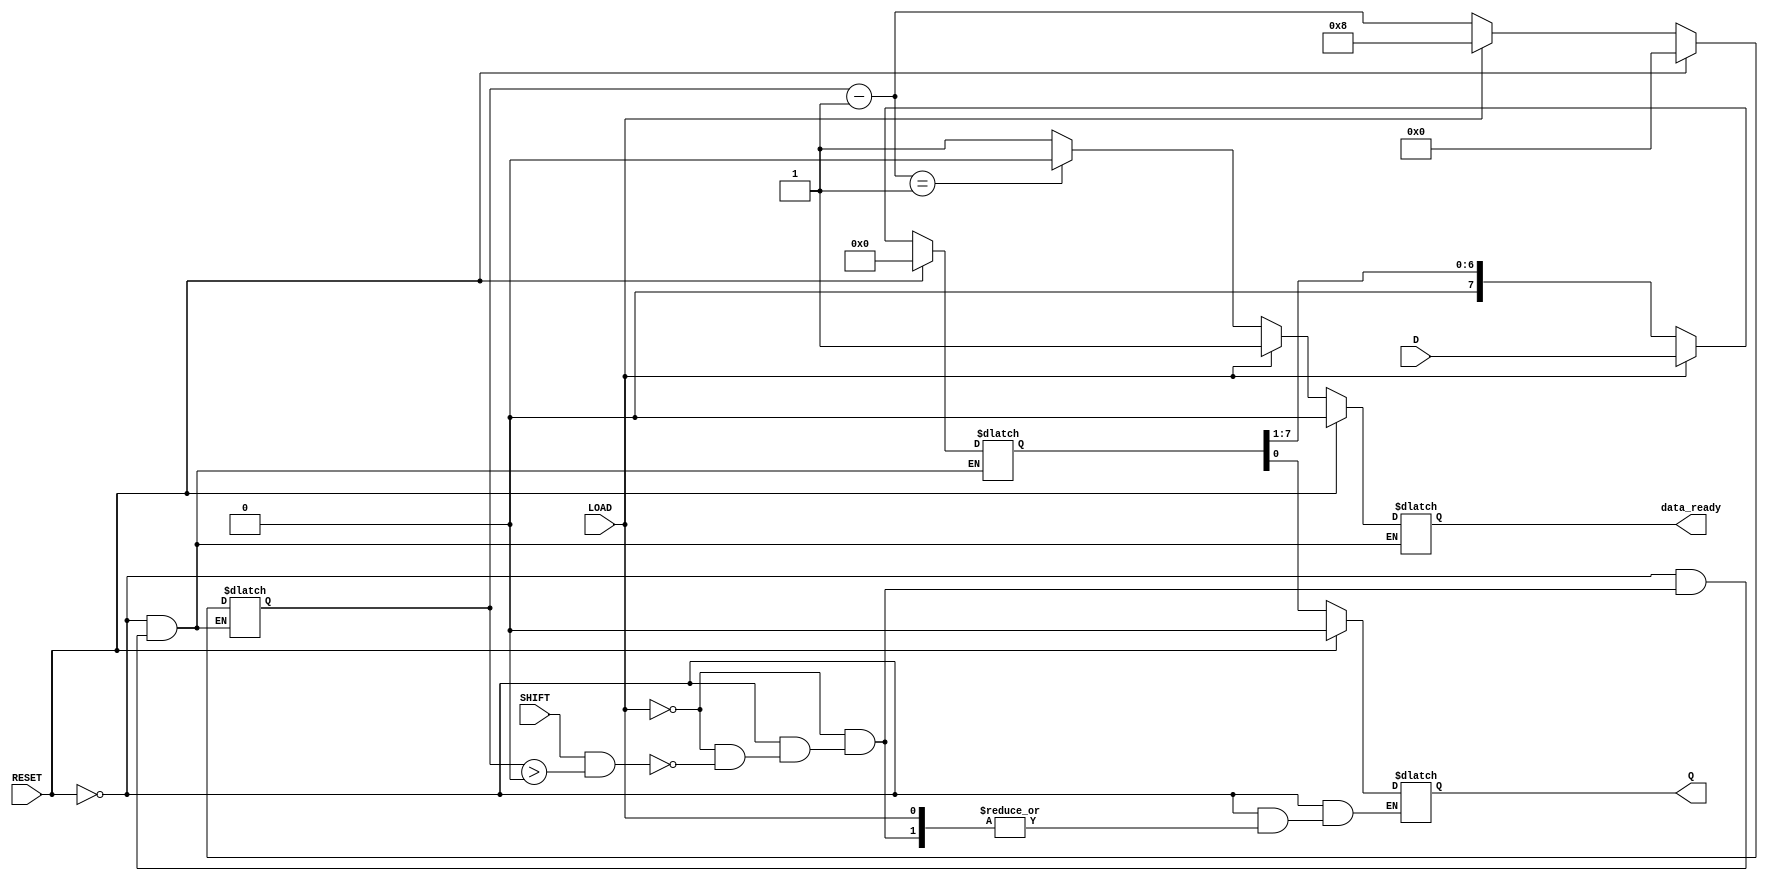
module PISO_Register #(parameter N = 8) (
    input  wire [N-1:0] D,      // Parallel data inputs
    input  wire LOAD,           // Load signal
    input  wire SHIFT,          // Shift signal
    input  wire RESET,          // Asynchronous reset
    output reg  Q,              // Serial output
    output reg  data_ready      // Data ready indicator (optional)
);

    reg [N-1:0] shift_reg;  // Internal shift register
    reg [3:0] count;        // Counter to track the number of shifted bits

    always @(*) begin
        if (RESET) begin
            // Asynchronous reset
            shift_reg = 0;
            Q = 0;
            count = 0;
            data_ready = 0;
        end else if (LOAD) begin
            // Load operation
            shift_reg = D;
            count = N; // Set count to N since we have loaded data
            data_ready = 1; // Indicate data is ready after loading
        end else if (SHIFT && count > 0) begin
            // Shift operation
            Q = shift_reg[0]; // Output the LSB
            shift_reg = shift_reg >> 1; // Shift right
            count = count - 1; // Decrement count
            data_ready = (count == 1) ? 0 : 1; // Update data ready indicator
        end else begin
            // Hold previous state if no operation
            Q = Q;
            data_ready = data_ready;
        end
    end

endmodule